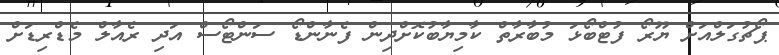
ޕޯޗުގަލްއަށް ޔޫރޯ ފުޓްބޯޅަ މުބާރާތް ކާމިޔާބުކޮށްދިން ފެނާންޑޯ ސަންޓޯސް އަދި ރެއާލް މެޑްރިޑަށް